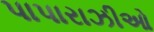
પાપારાઝીઓ